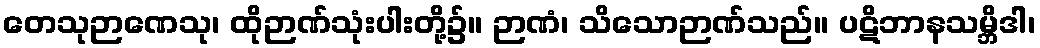
တေသုဉာဏေသု၊ ထိုဉာဏ်သုံးပါးတို့၌။ ဉာဏံ၊ သိသောဉာဏ်သည်။ ပဋိဘာနသမ္ဘိဒါ၊